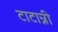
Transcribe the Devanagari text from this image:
टाटान्नी